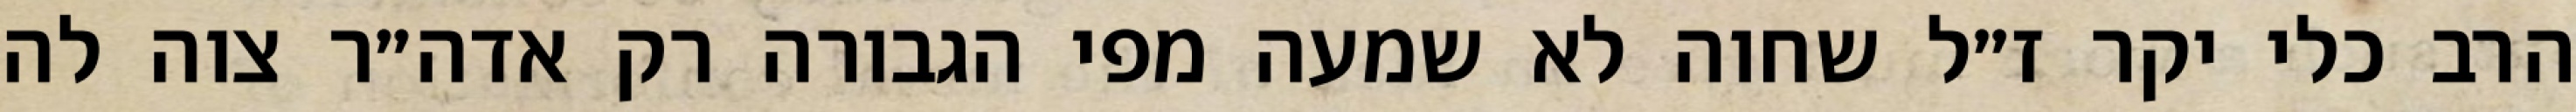
הרב כלי יקר ז״ל שחוה לא שמעה מפי הגבורה רק אדה״ר צוה לה